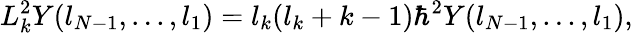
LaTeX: L_{k}^{2}Y(l_{N-1},...,l_{1})=l_{k}(l_{k}+k-1)\hbar^{2}Y(l_{N-1},...,l_{1}),